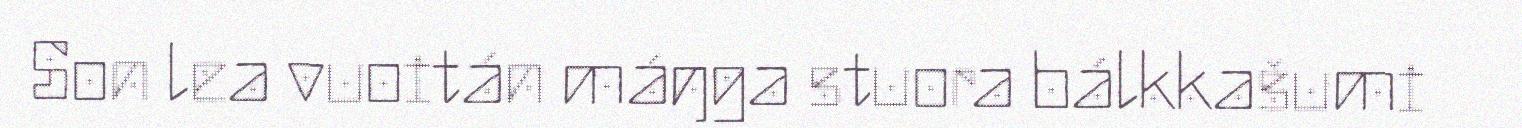
Son lea vuoitán máŋga stuora bálkkašumi